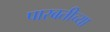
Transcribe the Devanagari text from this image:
पारबतीच्या